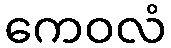
ကေဝလံ